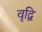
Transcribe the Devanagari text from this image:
वृद्बि